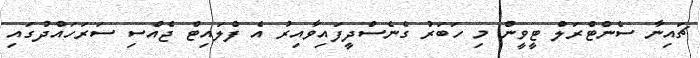
ޗައިނާ ސެންޓްރަލް ޓީވީން މި ހަބަރު ގެނެސްދީފައިވާއިރު އެ ފްލައިޓް ޖެއްސި ސަރަހައްދުގައި